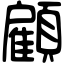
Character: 顧